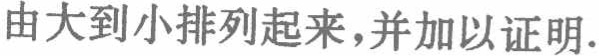
由大到小排列起来,并加以证明.